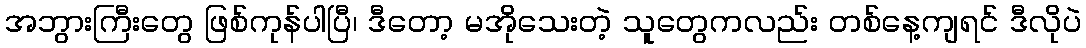
အဘွားကြီးတွေ ဖြစ်ကုန်ပါပြီ၊ ဒီတော့ မအိုသေးတဲ့ သူတွေကလည်း တစ်နေ့ကျရင် ဒီလိုပဲ